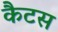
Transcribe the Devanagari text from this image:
कैटस